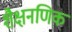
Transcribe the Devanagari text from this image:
शैक्षनणिक